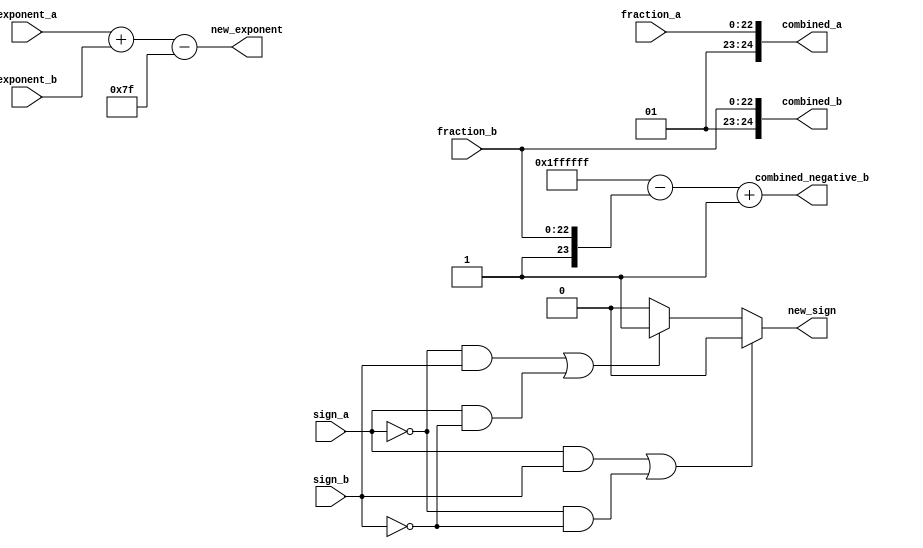
module c_combine(exponent_a,exponent_b,fraction_a,fraction_b,sign_a,sign_b, new_sign, new_exponent, combined_a,combined_b, combined_negative_b);
input [7:0]exponent_a,exponent_b;
input [22:0] fraction_a,fraction_b;
input sign_a,sign_b;


output reg  new_sign;
output reg [8:0] new_exponent; 
output reg [24:0]combined_a,combined_b, combined_negative_b;

reg [25:0]temp_reg;

//reg  new_sign;
//reg [8:0] new_exponent; 
//reg [23:0]combined_a,combined_b, combined_negative_b;




always@(*)
begin

	if( (sign_a == 1'b1 && sign_b == 1'b1) || (sign_a == 1'b0 && sign_b == 1'b0) )
	new_sign = 1'b0;
	else if( (sign_a == 1'b0 && sign_b == 1'b1) || (sign_a == 1'b1 && sign_b == 1'b0) )
	new_sign = 1'b1;
	else
	new_sign = 1'b0;

end

always@(*)
begin
		
		new_exponent = exponent_a + exponent_b - 7'b1111111;

end

always@(*)
begin
	
	combined_a = {1'b0,1'b1, fraction_a};
	combined_b = {1'b0,1'b1, fraction_b};
	temp_reg = ((25'b1111111111111111111111111 - combined_b) + 1'b1);
	combined_negative_b = temp_reg[24:0] ;

end

endmodule